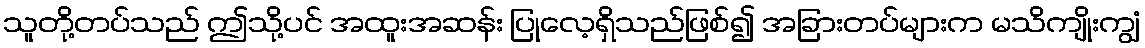
သူတို့တပ်သည် ဤသို့ပင် အထူးအဆန်း ပြုလေ့ရှိသည်ဖြစ်၍ အခြားတပ်များက မသိကျိုးကျွံ